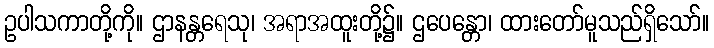
ဥပါသကာတို့ကို။ ဌာနန္တရေသု၊ အရာအထူးတို့၌။ ဌပေန္တော၊ ထားတော်မူသည်ရှိသော်။